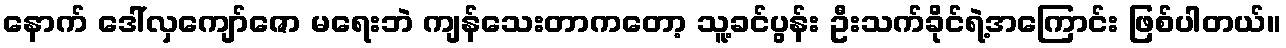
နောက် ဒေါ်လှကျော်ဇော မရေးဘဲ ကျန်သေးတာကတော့ သူ့ခင်ပွန်း ဦးသက်ခိုင်ရဲ့အကြောင်း ဖြစ်ပါတယ်။